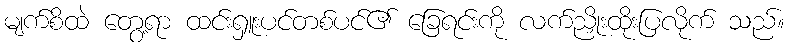
မျက်စိထဲ တွေ့ရာ ထင်းရှူးပင်တစ်ပင်၏ ခြေရင်းကို လက်ညှိုးထိုးပြလိုက် သည်။